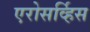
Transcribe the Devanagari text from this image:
एरोसर्व्हिस